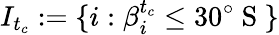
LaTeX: I_{t_{c}}:=\{ i:\beta_{i}^{t_{c}}\leq 30^{\circ}\mathrm{~S~}\}